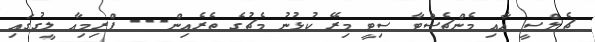
ޗެލްސީ އާއި މެންޗެސްޓާ ސިޓީ މިރޭ ކުޅުނު މެޗުގެ ތެރެއިން--- ޕްރިމިއާ ލީގުގައި